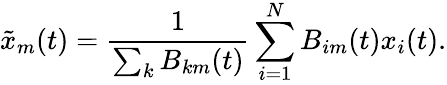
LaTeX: \tilde{x}_{m}(t)=\frac{1}{\sum_{k}B_{km}(t)}\sum_{i=1}^{N}B_{im}(t)x_{i}(t).